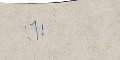
(1)